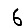
Digit: 6